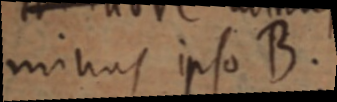
minus ipso B.